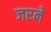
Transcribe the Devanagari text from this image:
जरने